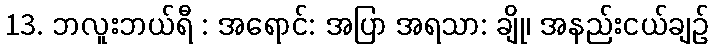
13. ဘလူးဘယ်ရီ : အရောင်: အပြာ အရသာ: ချို၊ အနည်းငယ်ချဉ်